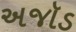
અજૉડ